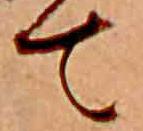
て